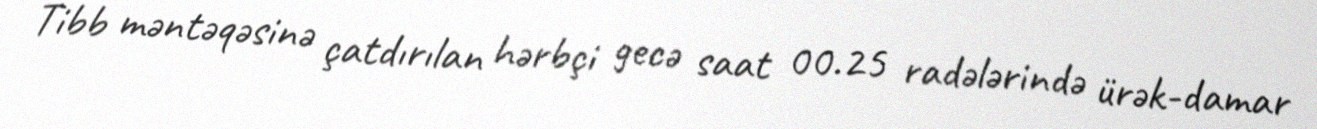
Tibb məntəqəsinə çatdırılan hərbçi gecə saat 00.25 radələrində ürək-damar